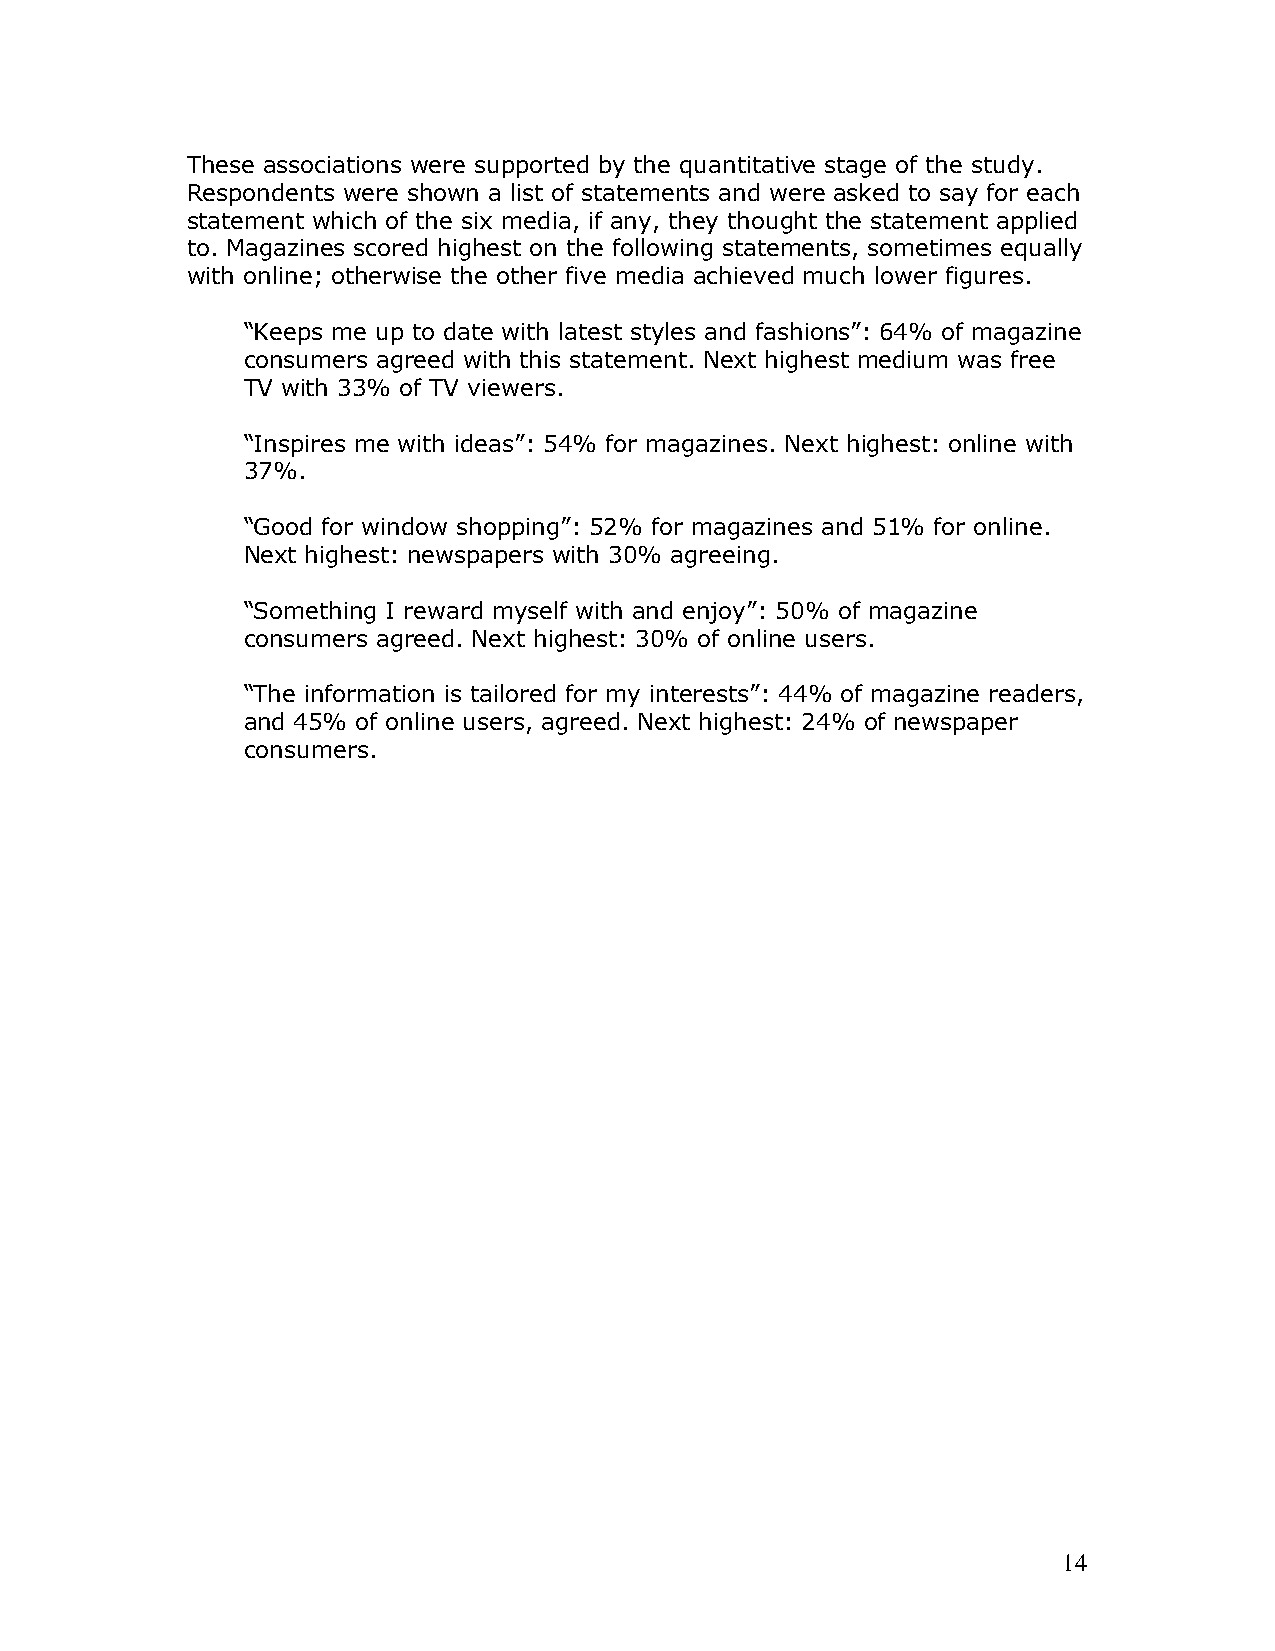
These associations were supported by the quantitative stage of the study.
 Respondents were shown a list of statements and were asked to say for each
 statement which of the six media, if any, they thought the statement applied
 to. Magazines scored highest on the following statements, sometimes equally
 with online; otherwise the other five media achieved much lower figures.
 “Keeps me up to date with latest styles and fashions”: 64% of magazine
 consumers agreed with this statement. Next highest medium was free
 TV with 33% of TV viewers.
 “Inspires me with ideas”: 54% for magazines. Next highest: online with
 37%.
 “Good for window shopping”: 52% for magazines and 51% for online.
 Next highest: newspapers with 30% agreeing.
 “Something I reward myself with and enjoy”: 50% of magazine
 consumers agreed. Next highest: 30% of online users.
 “The information is tailored for my interests”: 44% of magazine readers,
 and 45% of online users, agreed. Next highest: 24% of newspaper
 consumers.
 14